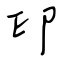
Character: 印